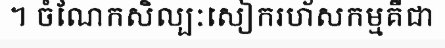
។ ចំណែកសិល្បៈសៀករហ័សកម្មគឺជា